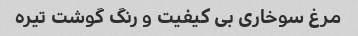
مرغ سوخاری بی کیفیت و رنگ گوشت تیره